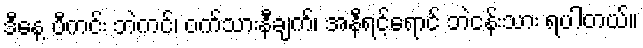
ဒီနေ့ ပီကင်း ဘဲကင်၊ ဝက်သားနီချက်၊ အနီရင့်ရောင် ဘဲငန်းသား ရပါတယ်။